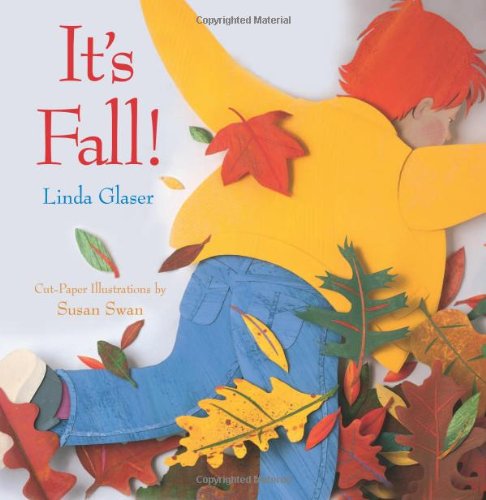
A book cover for It's Fall (Celebrate the Seasons!); Linda Glaser; Children's Books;